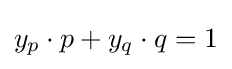
y_{p}\cdot p+y_{q}\cdot q=1